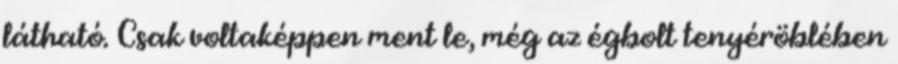
látható. Csak voltaképpen ment le, még az égbolt tenyéröblében